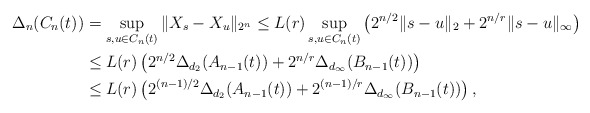
\begin{align*}\Delta_n(C_n(t)) &= \sup_{s,u \in C_n(t)} \|X_s - X_u\|_{2^n} \le L(r) \sup_{s,u \in C_n(t)} \left(2^{n/2}\|s-u\|_2 + 2^{n/r}\|s-u\|_\infty \right) \\& \le L(r) \left( 2^{n/2} \Delta_{d_2}(A_{n-1}(t)) + 2^{n/r}\Delta_{d_\infty}(B_{n-1}(t)) \right) \\& \le L(r) \left( 2^{(n-1)/2} \Delta_{d_2}(A_{n-1}(t)) + 2^{(n-1)/r}\Delta_{d_\infty}(B_{n-1}(t)) \right),\end{align*}